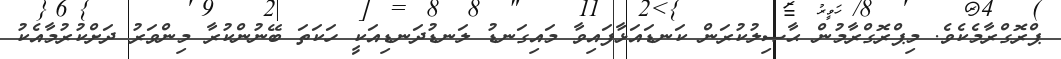
ޕްރޮގްރާމެކެވެ. މިޕްރޮގްރާމުން ޙާޞިލުކުރަން ކަނޑައަޅާފައިވާ މައިގަނޑު ލަނޑުދަނޑިއަކީ ހަކަތަ ބޭނުންކުރާ މިންވަރު ދަށްކުރުމާއެކު